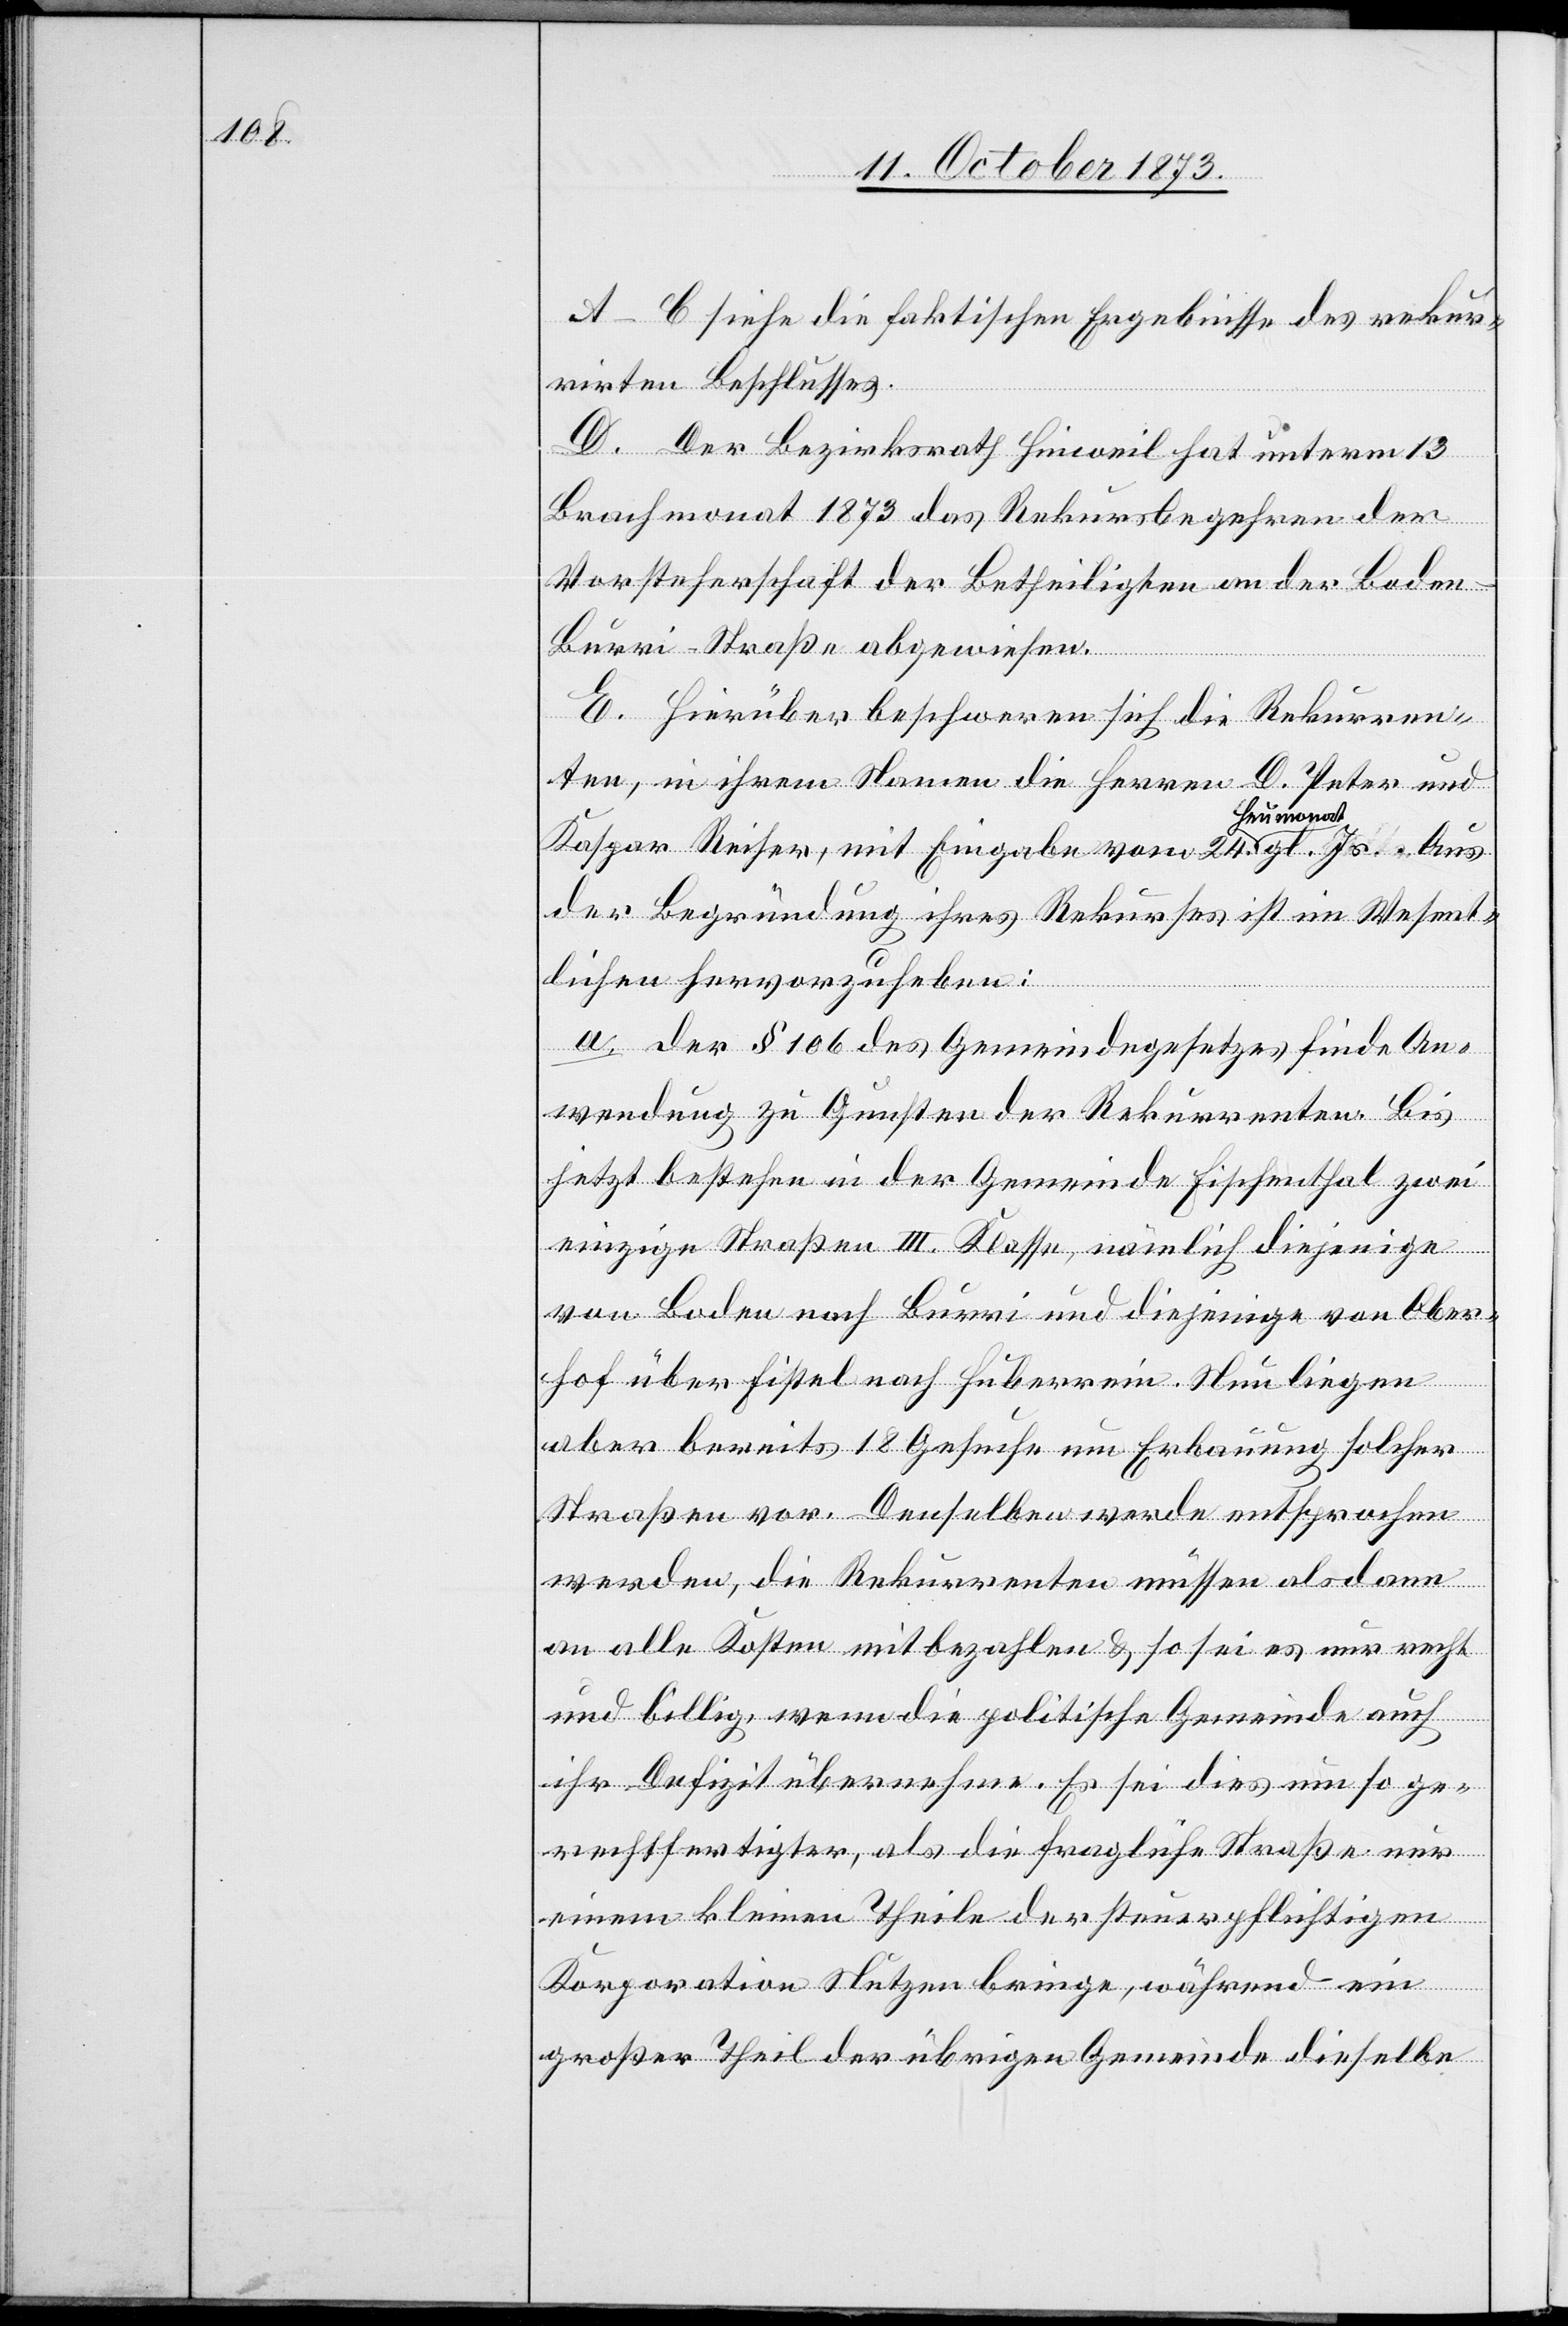
A–C siehe die faktischen Ergebnisse des rekur¬
rirten Beschlusses.
D. Der Bezirksrath Hinweil hat unterm 13
Brachmonat 1873 das Rekursbegehren der
Vorsteherschaft der Betheiligten an der Bode¬
n–Burri-Straße abgewiesen.
E. Hierüber beschweren sich die Rekurren¬
ten, in ihrem Namen die Herren D. Peter und
Kaspar Reiser, mit Eingabe vom 24. Heumonat gl. Js. Aus
der Begründung ihres Rekurses ist im Wesent¬
lichen hervorzuheben:
a. Der § 106 des Gemeindegesetzes finde An¬
wendung zu Gunsten der Rekurrenten. Bis
jetzt bestehen in der Gemeinde Fischenthal zwei
einzige Straßen III. Klasse, nämlich diejenige
von Boden nach Burri und diejenige von Ober¬
hof über Fistel nach Huberrein. Nun liegen
aber bereits 18 Gesuche um Erbauung solcher
Straßen vor. Denselben werde entsprochen
werden, die Rekurrenten müssen alsdann
an alle Kosten mitbezahlen & so sei es nur recht
und billig, wenn die politische Gemeinde auch
ihr Defizit übernehme. Es sei dies um so ge¬
rechtfertigter, als die fragliche Straße nur
einem kleinen Theile der steuerpflichtigen
Korporation Nutzen bringe, während ein
großer Theil der übrigen Gemeinde dieselbe